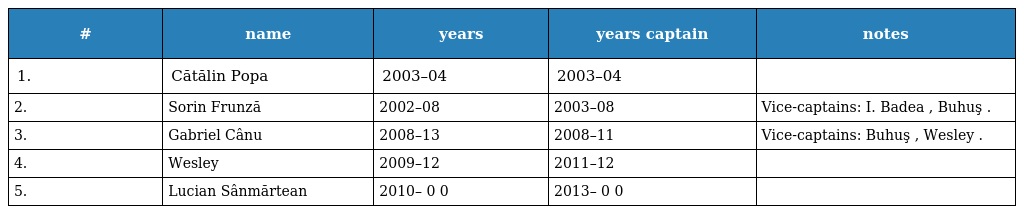
| # | name | years | years captain | notes |
 | --- | --- | --- | --- | --- |
 | 1. | Cătălin Popa | 2003–04 | 2003–04 |  |
 | 2. | Sorin Frunză | 2002–08 | 2003–08 | Vice-captains: I. Badea , Buhuş . |
 | 3. | Gabriel Cânu | 2008–13 | 2008–11 | Vice-captains: Buhuş , Wesley . |
 | 4. | Wesley | 2009–12 | 2011–12 |  |
 | 5. | Lucian Sânmărtean | 2010– 0 0 | 2013– 0 0 |  |